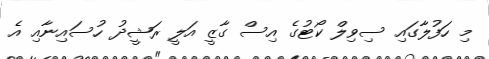
މި ހަފުލާގައި ސިވިލް ކޯޓުގެ އިސް ގާޒީ އަލީ ރަޝީދު ހުސައިނާއި އެ